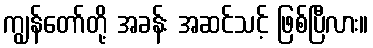
ကျွန်တော်တို့ အခန်း အဆင်သင့် ဖြစ်ပြီလား။